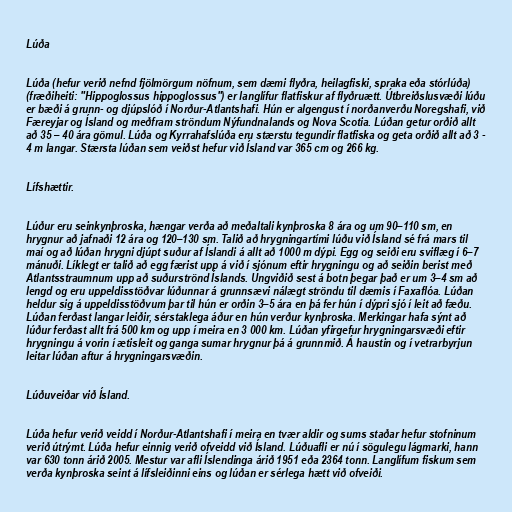
Lúða

Lúða (hefur verið nefnd fjölmörgum nöfnum, sem dæmi flyðra, heilagfiski, spraka eða stórlúða)
(fræðiheiti: "Hippoglossus hippoglossus") er langlífur flatfiskur af flyðruætt. Útbreiðslusvæði lúðu
er bæði á grunn- og djúpslóð í Norður-Atlantshafi. Hún er algengust í norðanverðu Noregshafi, við
Færeyjar og Ísland og meðfram ströndum Nýfundnalands og Nova Scotia. Lúðan getur orðið allt
að 35 – 40 ára gömul. Lúða og Kyrrahafslúða eru stærstu tegundir flatfiska og geta orðið allt að 3 -
4 m langar. Stærsta lúðan sem veiðst hefur við Ísland var 365 cm og 266 kg.

Lífshættir.

Lúður eru seinkynþroska, hængar verða að meðaltali kynþroska 8 ára og um 90–110 sm, en
hrygnur að jafnaði 12 ára og 120–130 sm. Talið að hrygningartími lúðu við Ísland sé frá mars til
maí og að lúðan hrygni djúpt suður af Íslandi á allt að 1000 m dýpi. Egg og seiði eru sviflæg í 6–7
mánuði. Líklegt er talið að egg færist upp á við í sjónum eftir hrygningu og að seiðin berist með
Atlantsstraumnum upp að suðurströnd Íslands. Ungviðið sest á botn þegar það er um 3–4 sm að
lengd og eru uppeldisstöðvar lúðunnar á grunnsævi nálægt ströndu til dæmis í Faxaflóa. Lúðan
heldur sig á uppeldisstöðvum þar til hún er orðin 3–5 ára en þá fer hún í dýpri sjó í leit að fæðu.
Lúðan ferðast langar leiðir, sérstaklega áður en hún verður kynþroska. Merkingar hafa sýnt að
lúður ferðast allt frá 500 km og upp í meira en 3 000 km. Lúðan yfirgefur hrygningarsvæði eftir
hrygningu á vorin í ætisleit og ganga sumar hrygnur þá á grunnmið. Á haustin og í vetrarbyrjun
leitar lúðan aftur á hrygningarsvæðin.

Lúðuveiðar við Ísland.

Lúða hefur verið veidd í Norður-Atlantshafi í meira en tvær aldir og sums staðar hefur stofninum
verið útrýmt. Lúða hefur einnig verið ofveidd við Ísland. Lúðuafli er nú í sögulegu lágmarki, hann
var 630 tonn árið 2005. Mestur var afli Íslendinga árið 1951 eða 2364 tonn. Langlífum fiskum sem
verða kynþroska seint á lífsleiðinni eins og lúðan er sérlega hætt við ofveiði.